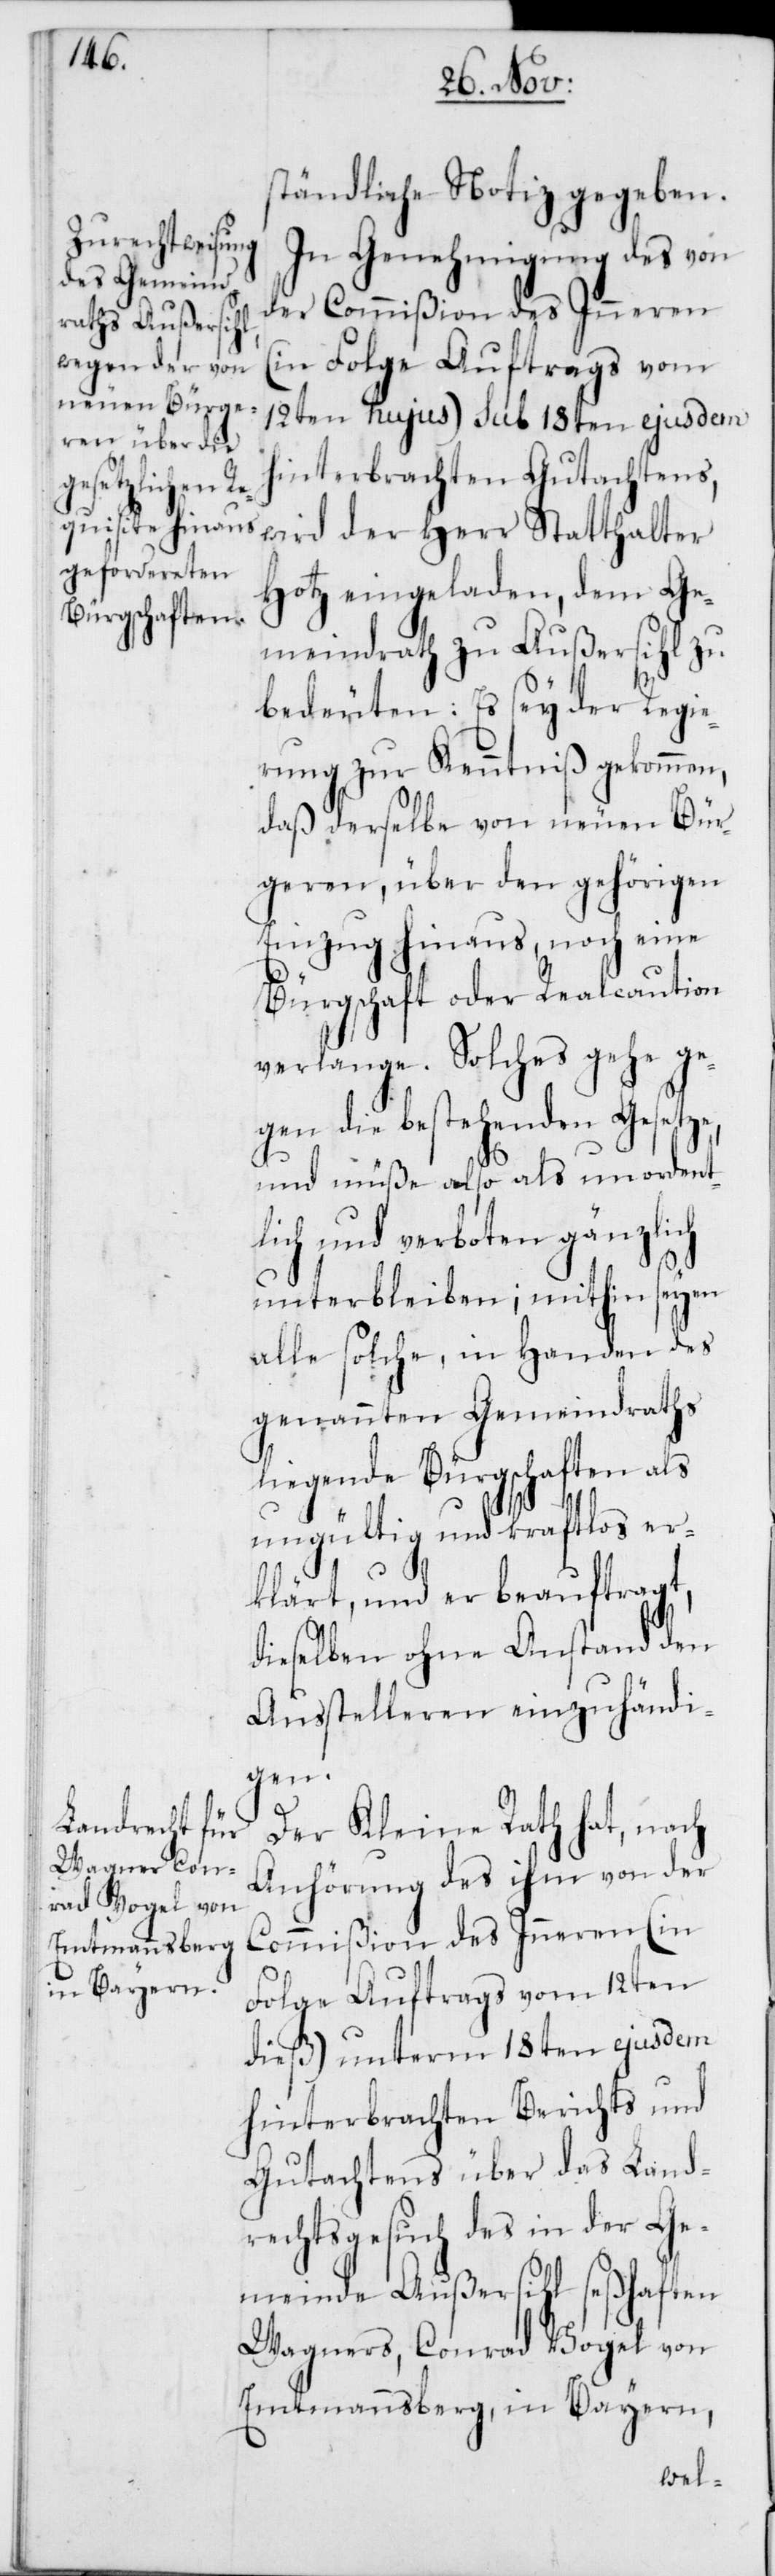
ständliche Notiz gegeben.
In Genehmigung des von
der Commißion des Inneren
(in Folge Auftrags vom
12ten hujus) sub 18ten ejusdem
hinterbrachten Gutachtens,
wird der Herr Statthalter
Hotz eingeladen, dem Ge¬
meindrath zu Außersihl zu
bedeuten: Es sey der Regie¬
rung zur Kenntniß gekommen,
daß derselbe von neuen Bür¬
geren, über den gehörigen
Einzug hinaus, noch eine
Bürgschaft oder Realcaution
verlange. Solches gehe ge¬
gen die bestehenden Gesetze,
und müße also als unordent¬
lich und verboten gänzlich
unterbleiben; mithin seyen
alle solche, in Handen des
genannten Gemeindraths
liegende Bürgschaften als
ungültig und kraftlos er¬
klärt, und er beauftragt,
dieselben ohne Anstand den
Ausstelleren einzuhändi¬
gen.
Der Kleine Rath hat, nach
Anhörung des ihm von der
Commißion des Inneren (in
Folge Auftrags vom 12ten
dieß) unterm 18ten ejusdem
hinterbrachten Berichts und
Gutachtens über das Land¬
rechtsgesuch des in der Ge¬
meinde Außersihl seßhaften
Wagners, Conrad Vogel von
Emtmannsberg, in Bayern,